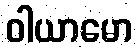
ဝါယာမော